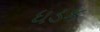
ધડક